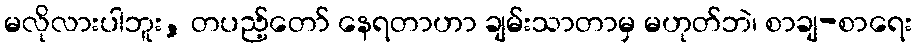
မလိုလားပါဘူး, တပည့်တော် နေရတာဟာ ချမ်းသာတာမှ မဟုတ်ဘဲ၊ စာချ-စာရေး